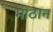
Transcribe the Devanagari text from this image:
मोठान